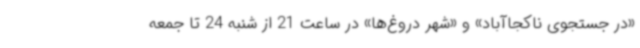
«در جستجوی ناکجاآباد» و «شهر دروغ‌ها» در ساعت 21 از شنبه 24 تا جمعه